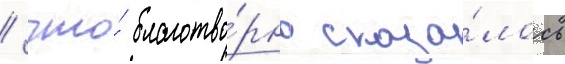
/ что́ благотво́рно сказа́лось